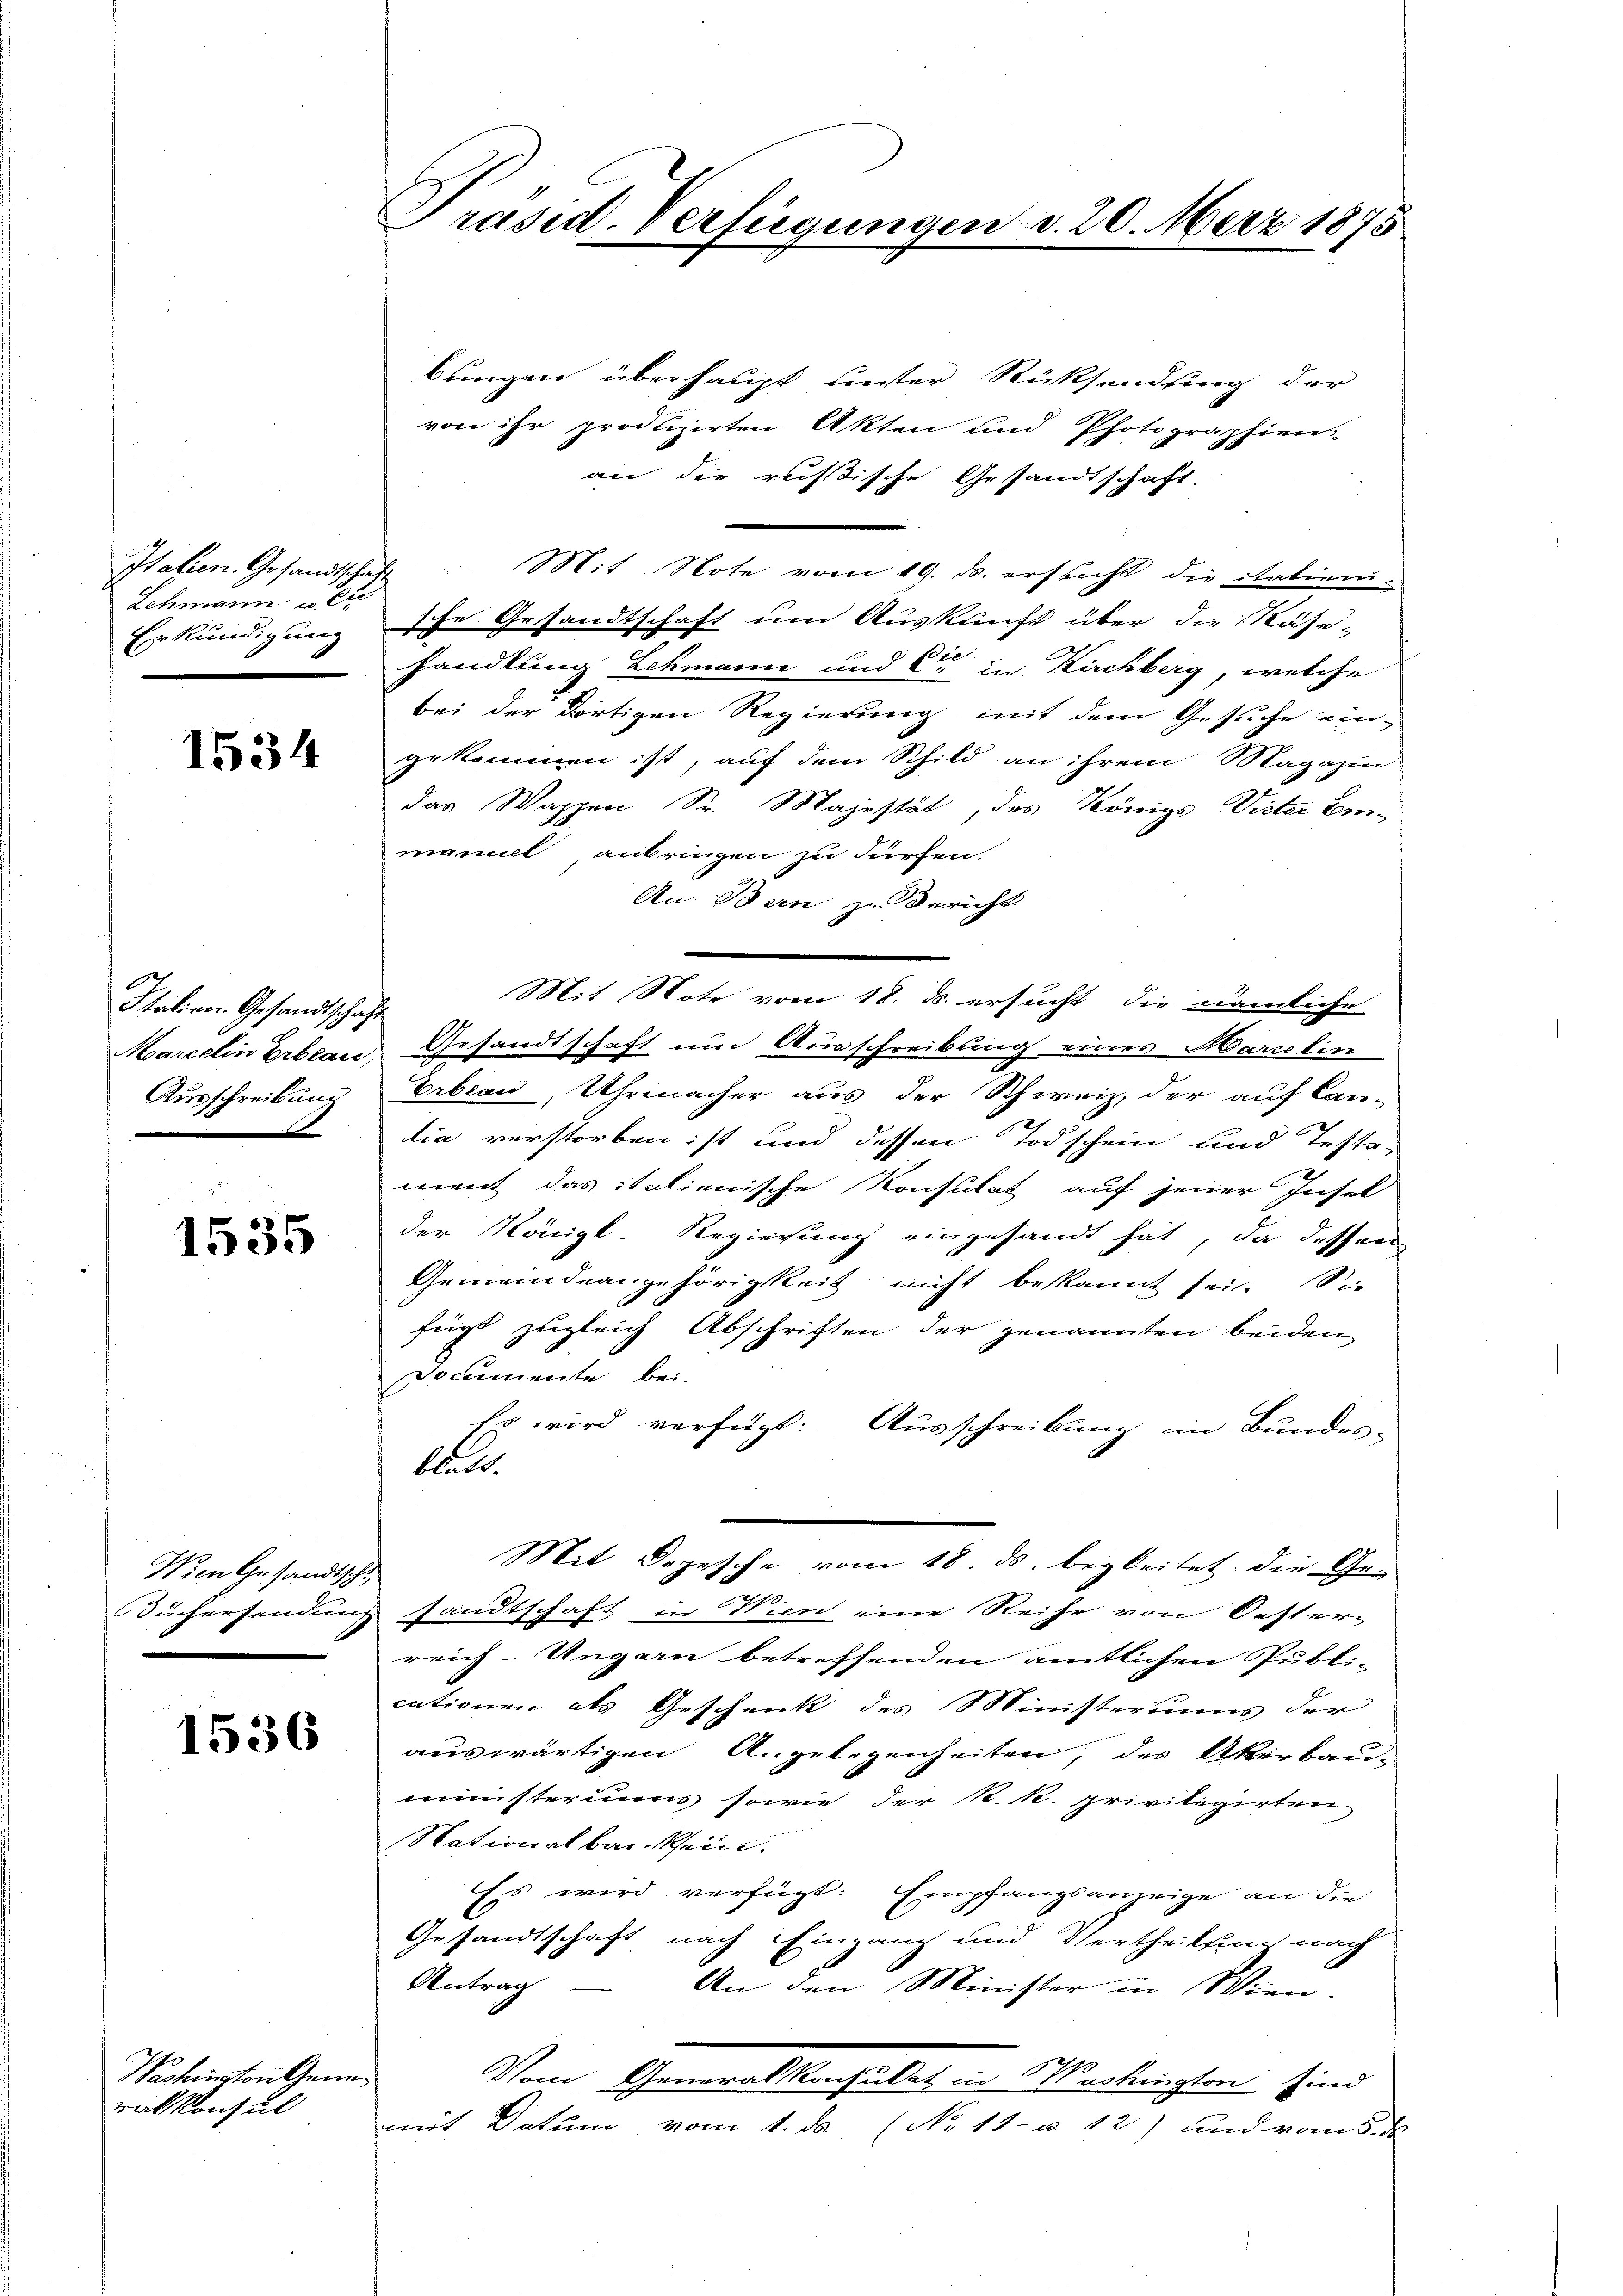
Italien Gesandtschaft
Schmann u. C
Erkundigung

1535

Wien Gesandtsch.
Suchersendung

1536

1534

Hatien Gesandtschaft
Marcelin Erbeau,
Ausschreibung

Vestinston Gene
ralkonsul

Präsid. Verfügungen d. 20. März 1875

bungen überhaupt unter Rücksendung der
von ihr produzirten Akten und Photographien
an die russische Gesandtschaft.
Mit Note vom 19. ds. ersticht die Statier-
sche Gesandtschaft um Auskunft über die Näse-
handlung Lehmann und Cie in Kirchberg, welche
bei der dortigen Regierung mit dem Gesuche ein-
gekommen ist, auf dem Schild an ihrem Magazin
das Wappen Sr. Majestät, des Könige Vister Ein-
manuel anbringen zu dürfen.
An: Bern zu Bericht
-
Mit Note vom 18. ds. ersucht, die nämliche
Gesandtschaft um Ausschreibung einer Marielin
Erbeau, Uhrmacher aus der Schweiz, der auf Can-
dia verstorben ist und dessen Todschein und Testa-
ment das italienische Konsulat auf jener Insel
der Königl. Regierung eingesandt hat, da dessen
Gemeindeangehörigkeit nicht bekannt sei. Sie
fügt zugleich Abschriften der genannten beiden
Documente bei.
Es wird verfügt: Ausschreibung in Bundes- |
Rat.
Mit Depesche vom 18. ds. begleitet die Ge-
s
sandtschaft in Wien eine Reihe von Oester-
reich-Ungarn betreffenden amtlichen Publi-
cationen als Geschnik des Ministeriums der
auswärtigen Angelegenheiten, des Ackerbau-
ministerius sowie der k. k. priviligirten
Nationalbankhein.
Ess wird verfügt: Empfangsanzeige an die
Gesandtschaft nach Ein an und Vertheilung nach
Antrag
An den Minister in Wien.
1
Vom Generalkonsulat in Washington sind
mit Datum vom 1. ds (No 11. u 12) und vom 5. d.